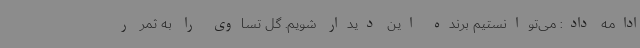
ادامه داد: می‌توانستیم برنده این دیدار شویم. گل تساوی را به ثمر ر